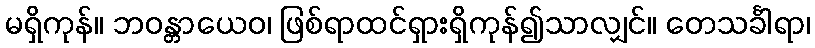
မရှိကုန်။ ဘဝန္တာယေဝ၊ ဖြစ်ရာထင်ရှားရှိကုန်၍သာလျှင်။ တေသင်္ခါရာ၊